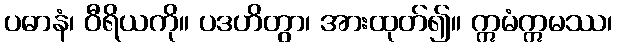
ပဓာနံ၊ ဝီရိယကို။ ပဒဟိတွာ၊ အားထုတ်၍။ ဣမံဣမဿ၊